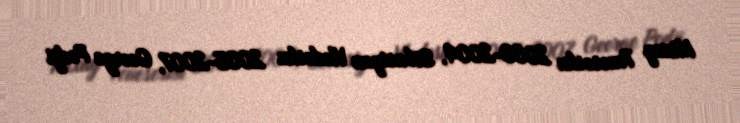
Mixay Tenesesku 2000-2004, Sebastyan Vledesku 2005-2007, George Podji